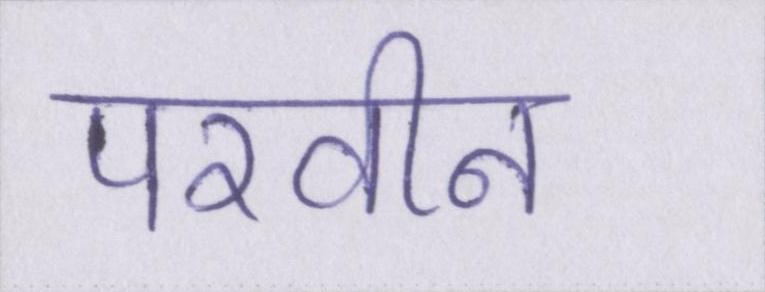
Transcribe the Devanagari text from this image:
परवीन